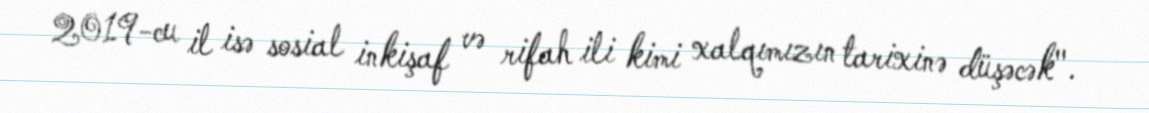
2019-cu il isə sosial inkişaf və rifah ili kimi xalqımızın tarixinə düşəcək".